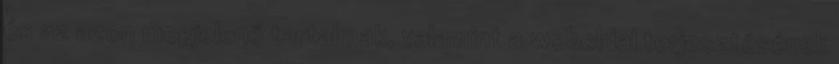
és az azon megjelenő tartalmak, valamint a weboldal terjesztésének